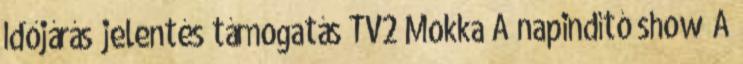
Időjárás jelentés támogatás TV2 Mokka A napindító show A